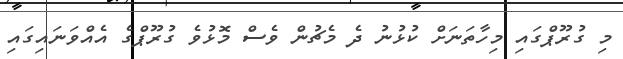
މި ގުރޫޕްގައި މިހާތަނަށް ކުޅުނު ދެ މެޗުން ވެސް މޮޅުވެ ގުރޫޕްގެ އެއްވަނައިގައި